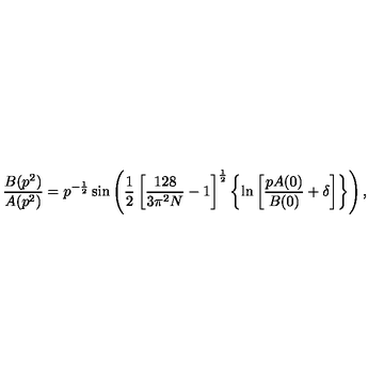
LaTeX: \frac { B ( p ^ { 2 } ) } { A ( p ^ { 2 } ) } = p ^ { - \frac { 1 } { 2 } } \sin \left( \frac { 1 } { 2 } \left[ \frac { 1 2 8 } { 3 \pi ^ { 2 } N } - 1 \right] ^ { \frac { 1 } { 2 } } \left\{ \ln \left[ \frac { p A ( 0 ) } { B ( 0 ) } + \delta \right] \right\} \right) ,